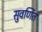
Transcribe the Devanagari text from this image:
सुवर्णित